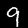
Label: 9